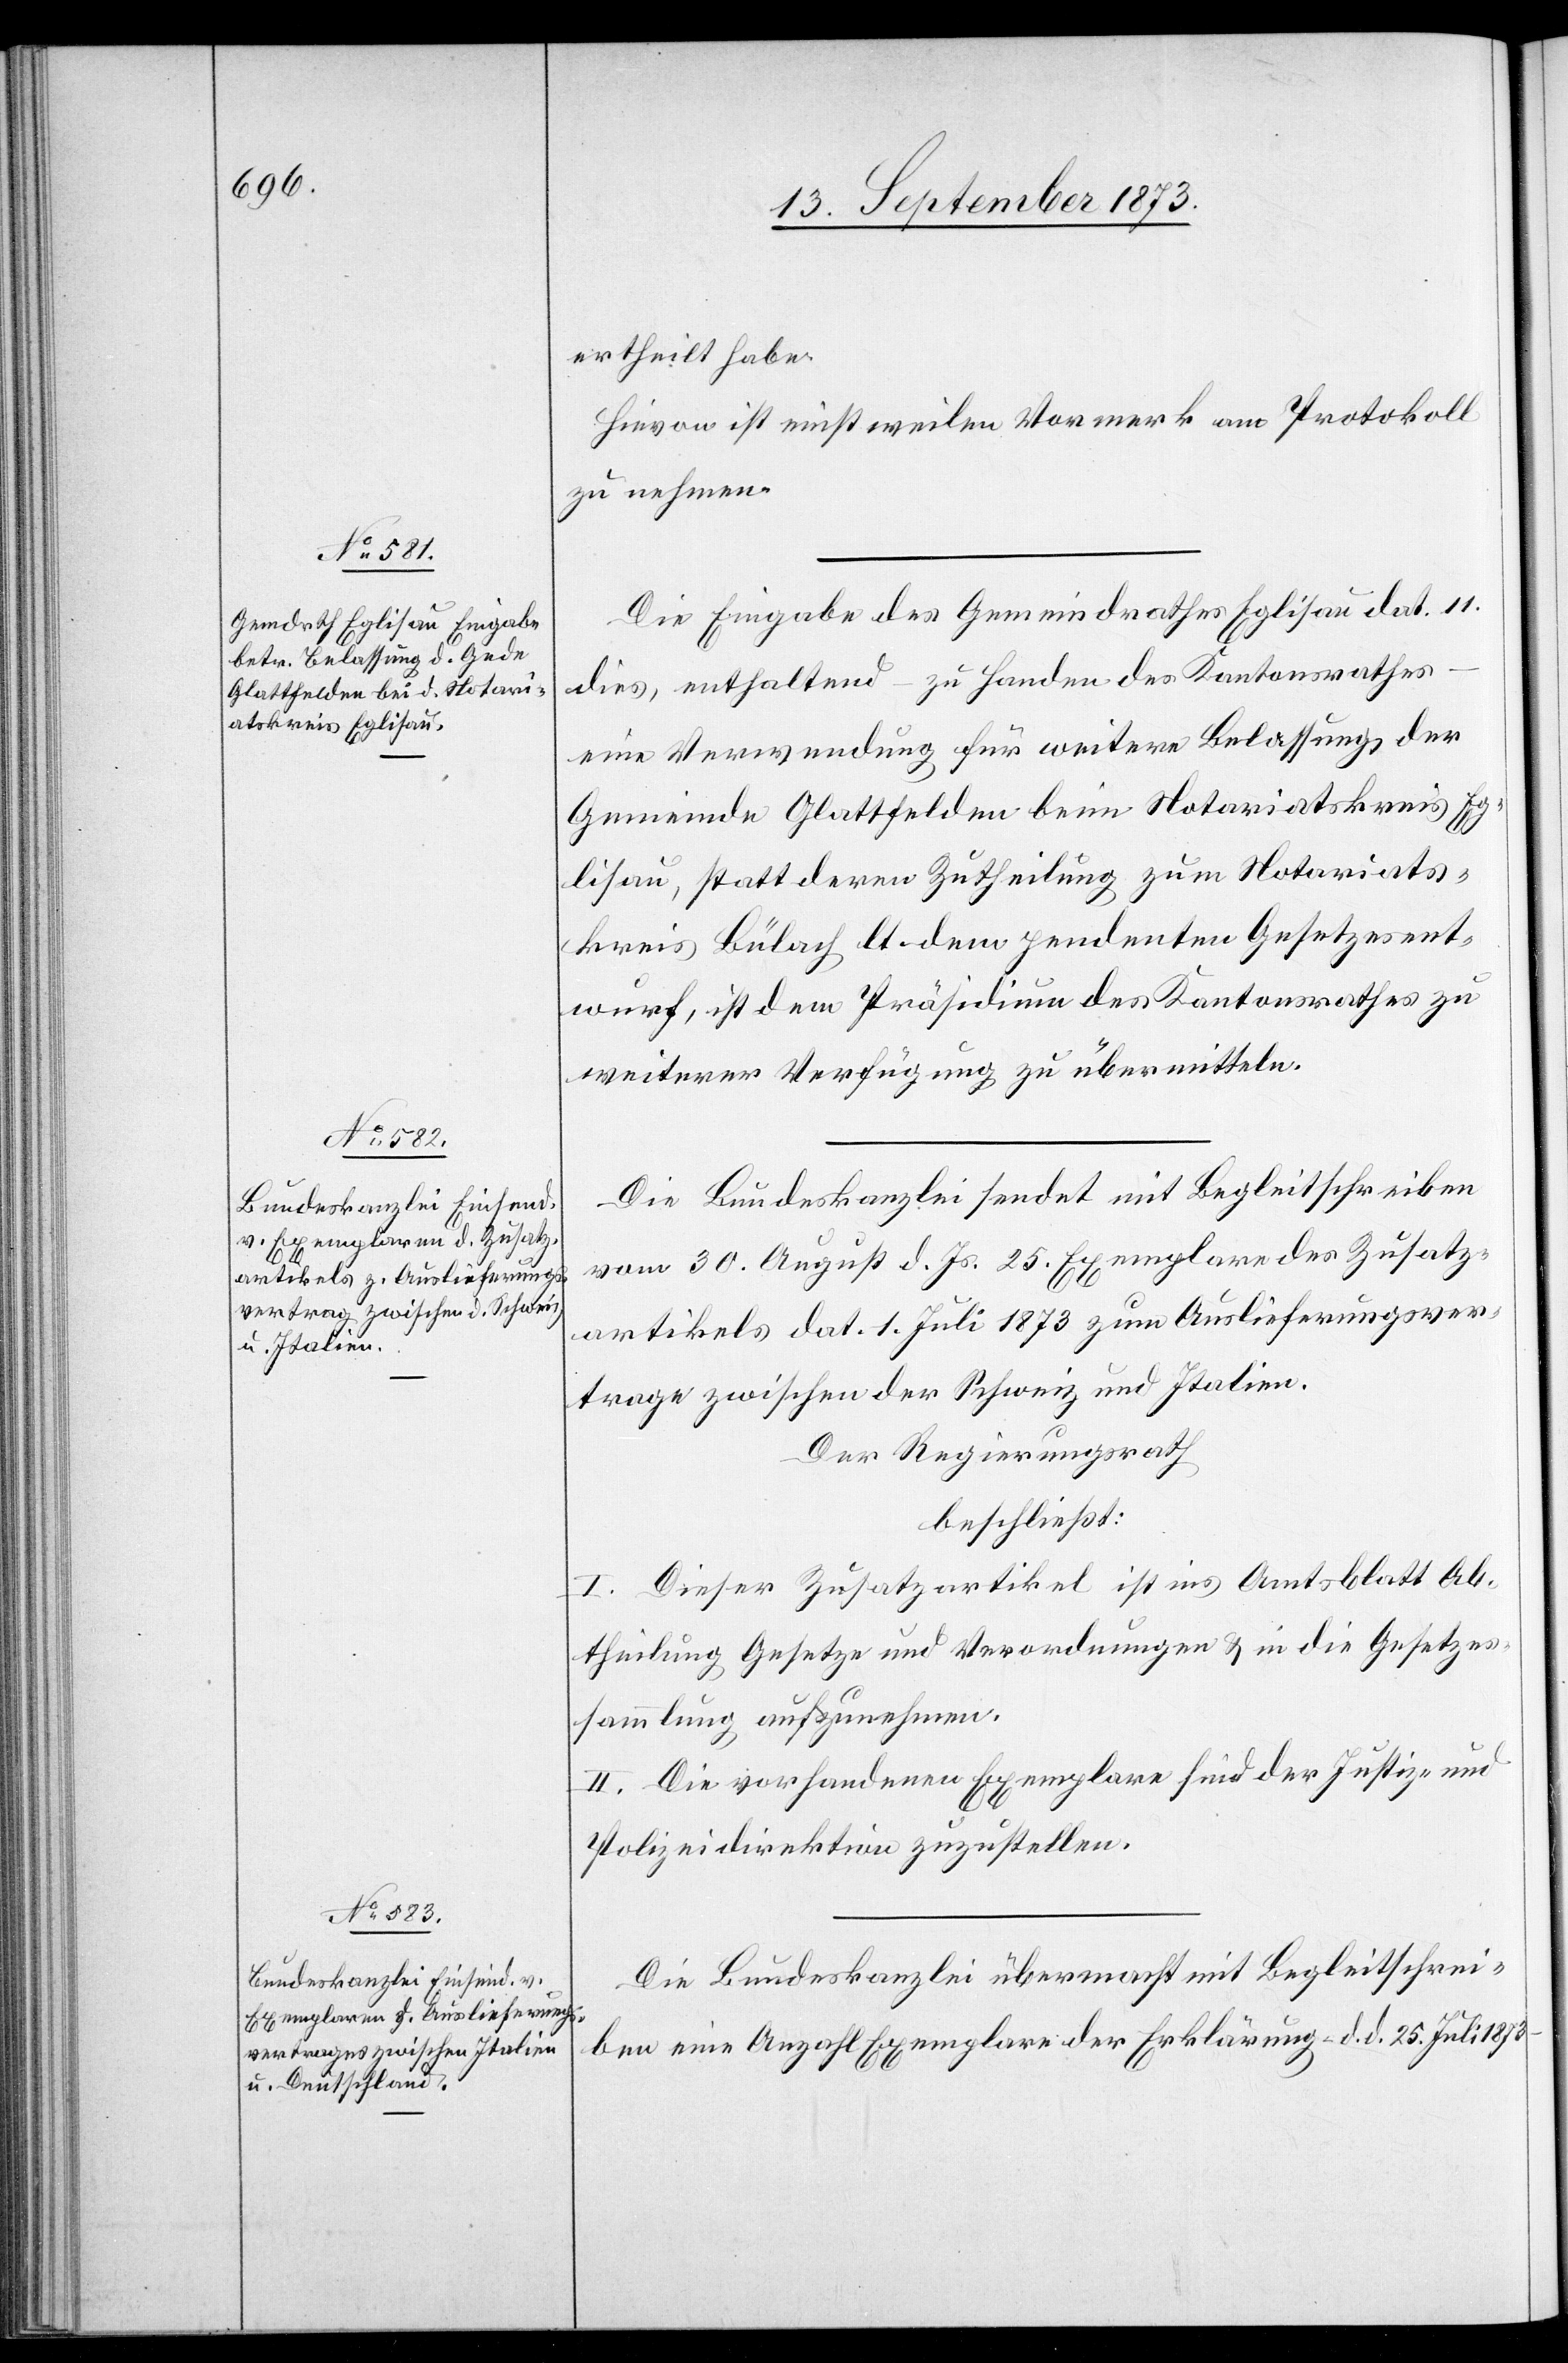
ertheilt habe.
Hievon ist einstweilen Vormerk am Protokoll
zu nehmen.
Die Eingabe des Gemeindrathes Eglisau dat. 11.
dies, enthaltend – zu Handen des Kantonsrathes
eine Verwendung für weitere Belassung der
Gemeinde Glattfelden beim Notariatskreis Eg¬
lisau, statt deren Zutheilung zum Notariats¬
kreis Bülach lt. dem pendenten Gesetzesent¬
wurf, ist dem Präsidium des Kantonsrathes zu
weiterer Verfügung zu übermitteln.
Die Bundeskanzlei sendet mit Begleitschreiben
vom 30. August d. Js. 25. Exemplare des Zusatz¬
artikels dat. 1. Juli 1873 zum Auslieferungsver¬
trage zwischen der Schweiz und Italien.
Der Regierungsrath
beschließt:
I. Dieser Zusatzartikel ist ins Amtsblatt Ab¬
theilung Gesetze und Verordnungen & in die Gesetzes¬
sammlung aufzunehmen.
II. Die vorhandenen Exemplare sind der Justiz- &
Polizeidirektion zuzustellen.
Die Bundeskanzlei übermacht mit Begleitschrei¬
ben eine Anzahl Exemplare der Erklärung – d. d. 25. Juli 1873